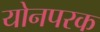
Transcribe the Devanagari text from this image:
योनपरक